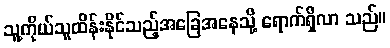
သူ့ကိုယ်သူထိန်းနိုင်သည့်အခြေအနေသို့ ရောက်ရှိလာ သည်။